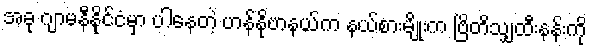
အခု ဂျာမနီနိုင်ငံမှာ ပါနေတဲ့ ဟန်နိုဗာနယ်က နယ်စားမျိုးက ဗြိတိသျှထီးနန်းကို